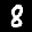
Label: 8